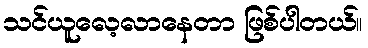
သင်ယူလေ့လာနေတာ ဖြစ်ပါတယ်။